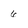
Character: 6